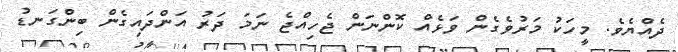
ދެއްޔެވެ. މީހަކު މަރުވެގެން ވަޅެއް ކޮންނަން ޖެހިއްޖެ ނަމަ ދަރު އަންދައިގެން ބިންގަނޑު